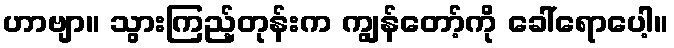
ဟာဗျာ။ သွားကြည့်တုန်းက ကျွန်တော့်ကို ခေါ်ရောပေါ့။